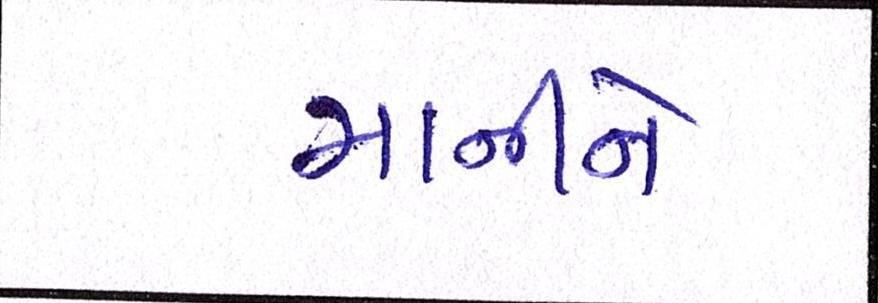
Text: માનીને